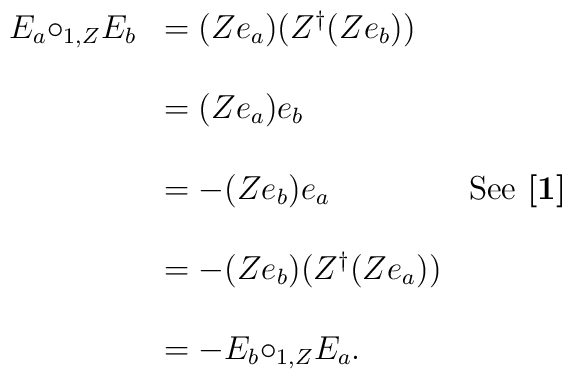
\begin{array}{cll}E_{a}{\circ_{1,Z}}E_{b} & =(Ze_{a})(Z^{\dagger}(Ze_{b})) & \\ \\   & = (Ze_{a})e_{b} &  \\ \\& = -(Ze_{b})e_{a} & \mbox{See {\bf [1]}} \\ \\  & =-(Ze_{b})(Z^{\dagger}(Ze_{a})) & \\ \\   & =-E_{b}{\circ_{1,Z}}E_{a}. & \\\end{array}